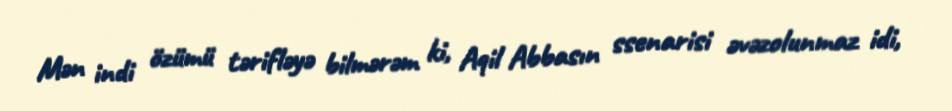
Mən indi özümü tərifləyə bilmərəm ki, Aqil Abbasın ssenarisi əvəzolunmaz idi,